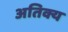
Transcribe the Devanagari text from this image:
अतिक्य